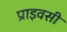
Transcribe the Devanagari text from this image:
प्राइवसी